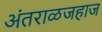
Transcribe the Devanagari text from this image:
अंतराळजहाज